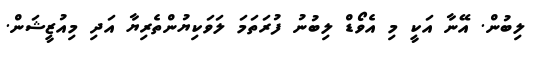
ލިބުން. އޭނާ އަކީ މި އެވޯޑް ލިބުނު ފުރަތަމަ ލަވަކިޔުންތެރިޔާ އަދި މިއުޒީޝަން.